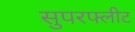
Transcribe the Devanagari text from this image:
सुपरफ्लीट